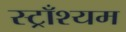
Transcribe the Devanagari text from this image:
स्ट्राँश्यम